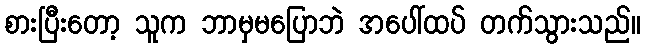
စားပြီးတော့ သူက ဘာမှမပြောဘဲ အပေါ်ထပ် တက်သွားသည်။